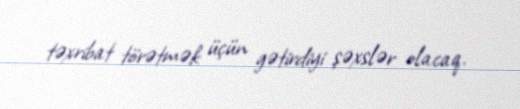
təxribat törətmək üçün gətirdiyi şəxslər olacaq.